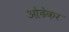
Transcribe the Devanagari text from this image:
ओढेकर